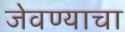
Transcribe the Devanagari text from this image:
जेवण्याचा